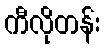
ကီလိုတန်း